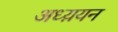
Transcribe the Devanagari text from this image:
अध्य़यन